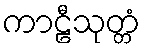
ကာဠီသုတ္တံ